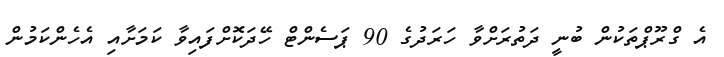
އެ ގްރޫޕްތަކުން ބުނީ ދަތުރަށްވާ ހަރަދުގެ 90 ޕަސެންޓް ހޭދަކޮށްފައިވާ ކަމަށާއި އެހެންކަމުން